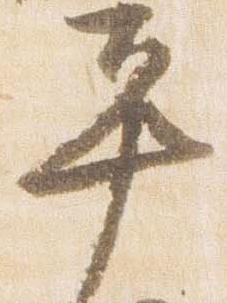
平